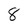
Character: 8